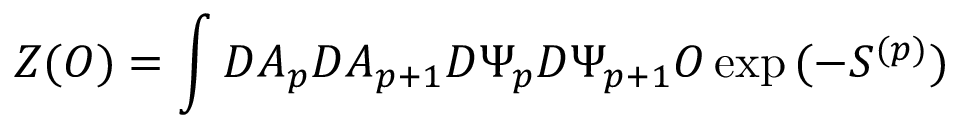
Z ( { \cal O } ) = \int { \cal D } A _ { p } { \cal D } A _ { p + 1 } { \cal D } \Psi _ { p } { \cal D } \Psi _ { p + 1 } { \cal O } \exp { ( - S ^ { ( p ) } ) }